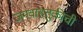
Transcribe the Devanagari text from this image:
जनवाहतुकीची